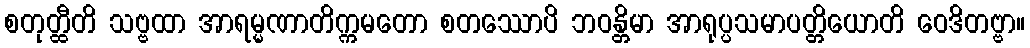
စတုတ္ထီတိ သဗ္ဗထာ အာရမ္မဏာတိက္ကမတော စတဿောပိ ဘဝန္တိမာ အာရုပ္ပသမာပတ္တိယောတိ ဝေဒိတဗ္ဗာ။